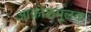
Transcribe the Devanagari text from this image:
आक्रोशमूलक